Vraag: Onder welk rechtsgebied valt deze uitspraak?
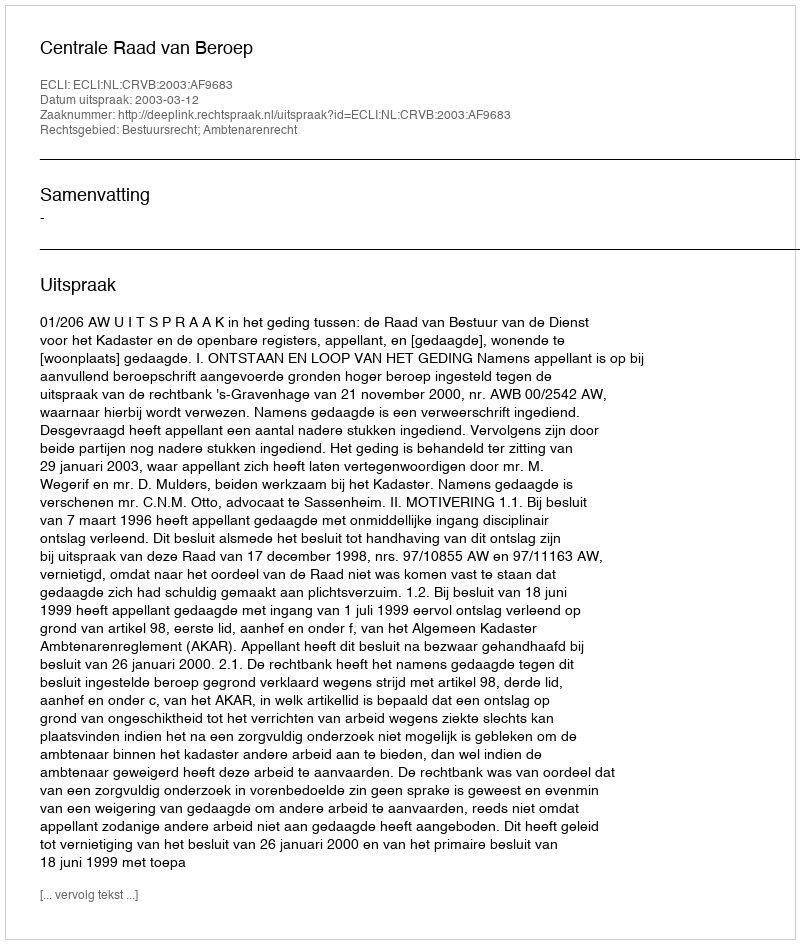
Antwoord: Bestuursrecht; Ambtenarenrecht